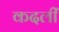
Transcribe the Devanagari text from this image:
कदलीं